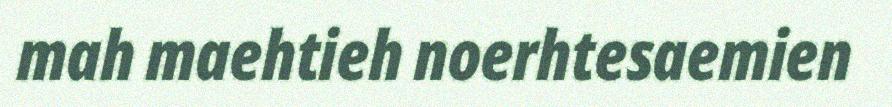
mah maehtieh noerhtesaemien